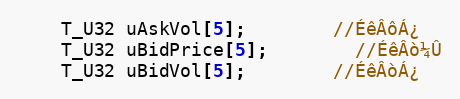
Language: C
	T_U32 uAskVol[5];		//ÉêÂôÁ¿
	T_U32 uBidPrice[5];		//ÉêÂò¼Û
	T_U32 uBidVol[5];		//ÉêÂòÁ¿